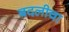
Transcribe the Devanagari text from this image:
बदलीचा